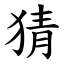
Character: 猜